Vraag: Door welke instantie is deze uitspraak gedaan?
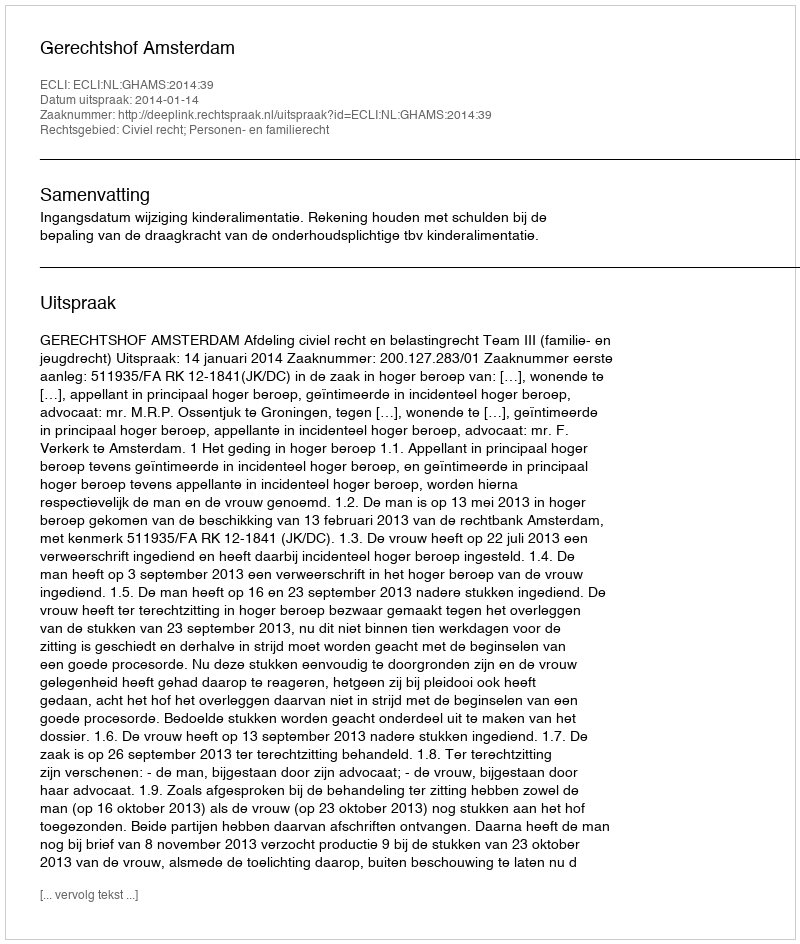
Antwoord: Gerechtshof Amsterdam